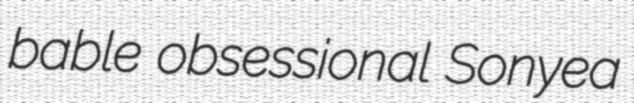
bable obsessional Sonyea